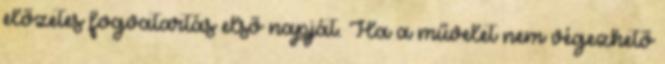
előzetes fogvatartás első napját. Ha a művelet nem végezhető